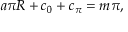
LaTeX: a \pi R + c _ { 0 } + c _ { \pi } = m \pi ,